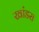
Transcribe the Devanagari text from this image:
खांडरा